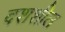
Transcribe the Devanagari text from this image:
दशशील